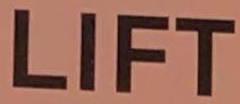
LIFT